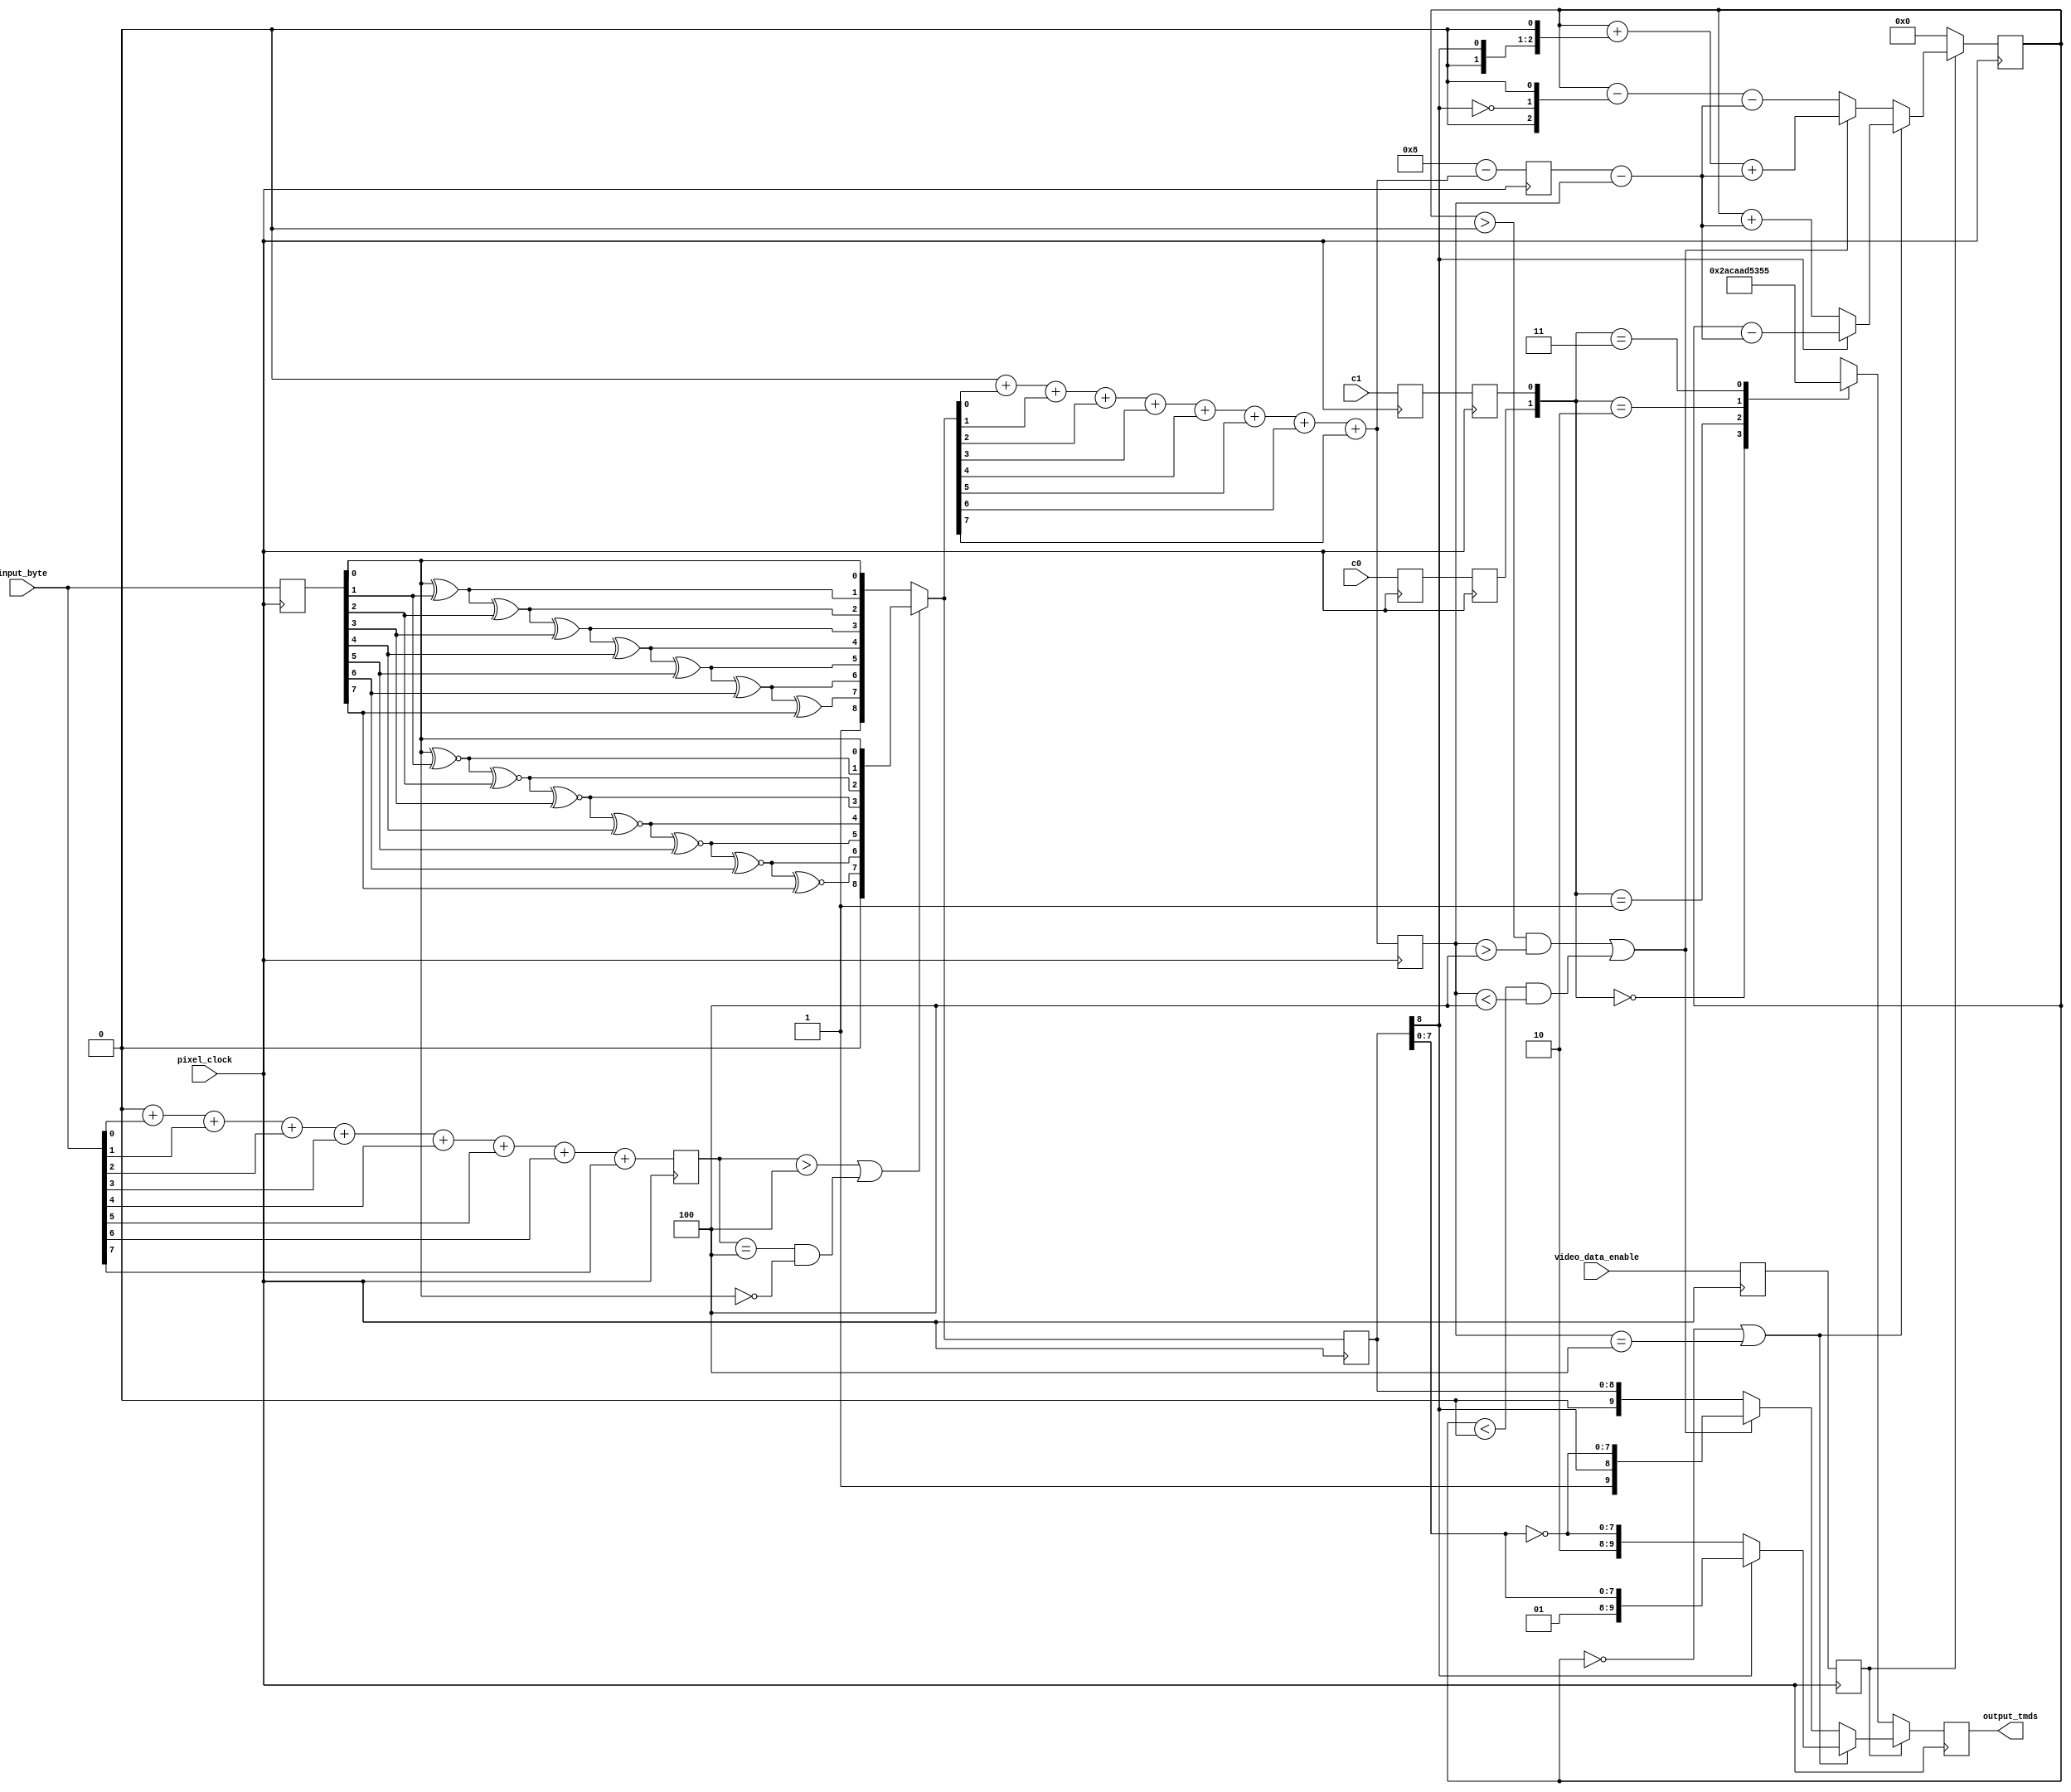
`timescale 1ns / 1ps

module byte_to_tmds(
    input pixel_clock,
    input [7:0] input_byte,
    input video_data_enable, c0, c1,
    output reg [9:0] output_tmds
);
    function [3:0] count_ones(input [7:0] word);
        integer i;
        begin
            count_ones = 0;
            for (i = 0; i < 8; i = i + 1) begin
                count_ones = count_ones + word[i];
            end
        end
    endfunction

    reg [3:0] stage1_byte_ones = 4'b0000;
    reg [7:0] stage1_byte = 8'b00000000;
    reg stage1_video_data_enable = 1'b0, stage1_c0 = 1'b0, stage1_c1 = 1'b0;

    // Pipeline stage 1: minimize transitions
    always @(posedge pixel_clock) begin
        stage1_video_data_enable <= video_data_enable;
        stage1_c0 <= c0;
        stage1_c1 <= c1;

        stage1_byte <= input_byte;
        stage1_byte_ones <= count_ones(input_byte);
    end

    // XOR and XNOR encoding
    reg [8:0] stage1_encoded_xor = 9'b000000000, stage1_encoded_xnor = 9'b000000000;

    reg stage1_choose_xnor = 1'b0;
    reg [8:0] stage1_encoded = 9'b000000000;
    reg [3:0] stage1_encoded_ones = 4'b0000;

    integer i;

    always @(*) begin
        stage1_encoded_xor[0] = stage1_byte[0];
        for (i = 1; i < 8; i = i + 1) begin
            stage1_encoded_xor[i] = stage1_encoded_xor[i - 1] ^ stage1_byte[i];
        end
        stage1_encoded_xor[8] = 1;

        stage1_encoded_xnor[0] = stage1_byte[0];
        for (i = 1; i < 8; i = i + 1) begin
            stage1_encoded_xnor[i] = stage1_encoded_xnor[i - 1] ~^ stage1_byte[i];
        end
        stage1_encoded_xnor[8] = 0;

        // Select one of the two encoding options based on the input bit count
        // "Borrowed" from https://github.com/Digilent/vivado-library/blob/3819e788427d0f70f8d7948c38bcd97b26925157/ip/rgb2dvi/src/TMDS_Encoder.vhd#L134
        stage1_choose_xnor = stage1_byte_ones > 4 || (stage1_byte_ones == 4 && stage1_byte[0] == 0);
        stage1_encoded = stage1_choose_xnor ? stage1_encoded_xnor : stage1_encoded_xor;
        stage1_encoded_ones = count_ones(stage1_encoded[7:0]); // Only the data bits
    end


    reg [3:0] stage2_encoded_ones = 4'b0000, stage2_encoded_zeros = 4'b0000;
    reg [8:0] stage2_encoded = 9'b000000000;
    reg stage2_video_data_enable = 1'b0, stage2_c0 = 1'b0, stage2_c1 = 1'b0;

    // Pipeline stage 2: balance DC
    always @(posedge pixel_clock) begin
        stage2_encoded_ones <= stage1_encoded_ones;
        stage2_encoded_zeros <= 8 - stage1_encoded_ones;

        stage2_encoded <= stage1_encoded;

        stage2_video_data_enable <= stage1_video_data_enable;
        stage2_c0 <= stage1_c0;
        stage2_c1 <= stage1_c1;
    end

    reg stage2_currently_balanced = 1'b0, stage2_output_needs_inversion = 1'b0;
    reg [9:0] stage2_tdms = 10'b0000000000;
    reg signed [4:0] stage2_dc_bias = 5'b00000, stage2_running_dc_bias = 5'b00000;

    reg signed [4:0] stage3_running_dc_bias = 5'b00000; // Used in stage 2 to read the previous bias

    always @(*) begin
        stage2_currently_balanced = stage3_running_dc_bias == 0 || stage2_encoded_ones == 4;
        stage2_output_needs_inversion = (stage3_running_dc_bias > 0 && stage2_encoded_ones > 4) // too many 1's
        || (stage3_running_dc_bias < 0 && stage2_encoded_ones < 4); // too many 0's;

        // difference in encoded ones and encoded zeros
        stage2_dc_bias = $signed({1'b0, stage2_encoded_zeros}) - $signed({1'b0, stage2_encoded_ones});

        if (!stage2_video_data_enable) begin
            // Control period
            case ({stage2_c0, stage2_c1})
                2'b00: stage2_tdms = 10'b0010101011;
                2'b01: stage2_tdms = 10'b0010101010;
                2'b10: stage2_tdms = 10'b1101010100;
                2'b11: stage2_tdms = 10'b1101010101;
            endcase

            stage2_running_dc_bias = 5'b00000;
        end else if (stage2_currently_balanced) begin
            // XOR or XNOR
            if (stage2_encoded[8]) begin
                stage2_tdms = {1'b0, 1'b1, stage2_encoded[7:0]};
                stage2_running_dc_bias = stage3_running_dc_bias - stage2_dc_bias;
            end else begin
                stage2_tdms = {1'b1, 1'b0, ~stage2_encoded[7:0]};
                stage2_running_dc_bias = stage3_running_dc_bias + stage2_dc_bias;
            end
        end else if (stage2_output_needs_inversion) begin
            stage2_tdms = {1'b1, stage2_encoded[8], ~stage2_encoded[7:0]};
            stage2_running_dc_bias = stage3_running_dc_bias + $signed({1'b0, stage2_encoded[8], 1'b0}) + stage2_dc_bias;
        end else begin
            stage2_tdms = {1'b0, stage2_encoded[8], stage2_encoded[7:0]}; // DC balanced
            stage2_running_dc_bias = stage3_running_dc_bias - $signed({1'b0, ~stage2_encoded[8], 1'b0}) - stage2_dc_bias;
        end
    end


    // Pipeline stage 3: output
    always @(posedge pixel_clock) begin
        stage3_running_dc_bias <= stage2_running_dc_bias;
        output_tmds <= stage2_tdms;
    end

endmodule